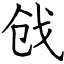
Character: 戗